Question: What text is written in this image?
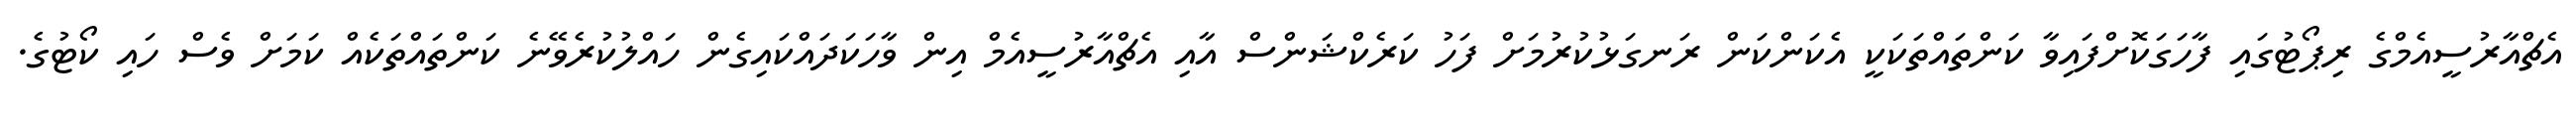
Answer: އެޗްއާރުސީއެމްގެ ރިޕޯޓުގައި ފާހަގަކޮށްފައިވާ ކަންތައްތަކަކީ އެކަންކަން ރަނގަޅުކުރުމަށް ފަހު ކަރެކްޝަންސް އާއި އެޗްއާރުސީއެމް އިން ވާހަކަދައްކައިގެން ހައްލުކުރެވޭނެ ކަންތައްތަކެއް ކަމަށް ވެސް ހައި ކޯޓުގެ.